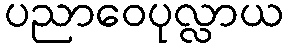
ပညာဝေပုလ္လာယ